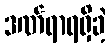
ဒဏ်ရာရရှိခဲ့